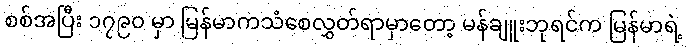
စစ်အပြီး ၁၇၉၀ မှာ မြန်မာကသံစေလွှတ်ရာမှာတော့ မန်ချူးဘုရင်က မြန်မာရဲ့